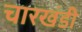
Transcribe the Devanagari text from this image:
चारखंडी